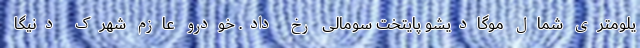
یلومتری شمال موگادیشو پایتخت سومالی رخ داد. خودرو عازم شهرک دنیگا